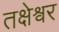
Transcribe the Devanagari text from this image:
तक्षेश्वर